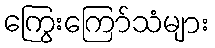
ကြွေးကြော်သံများ